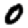
Digit: 0